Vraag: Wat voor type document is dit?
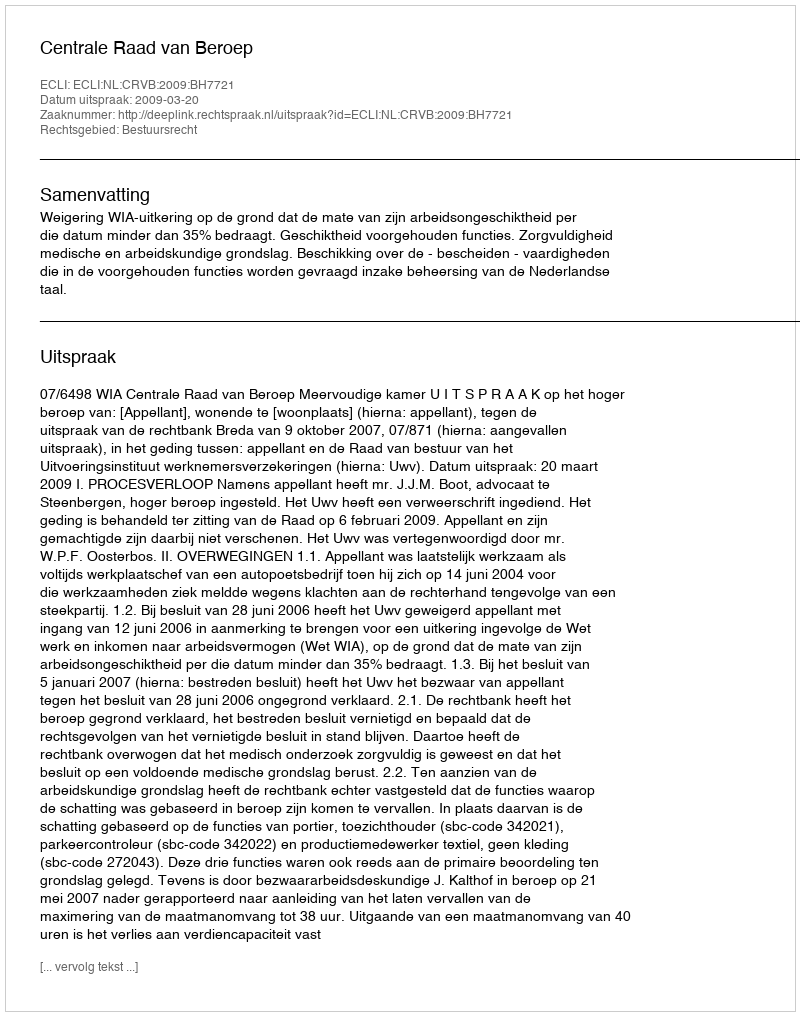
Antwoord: Uitspraak